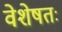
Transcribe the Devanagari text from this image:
वेशेषतः